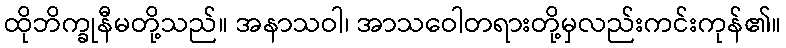
ထိုဘိက္ခုနီမတို့သည်။ အနာသဝါ၊ အာသဝေါတရားတို့မှလည်းကင်းကုန်၏။